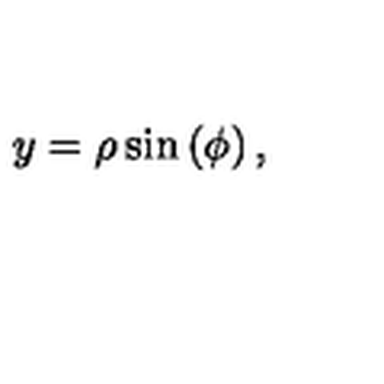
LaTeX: y = \rho \sin \left( \phi \right) ,